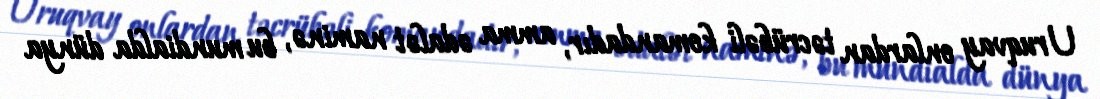
Uruqvay onlardan təcrübəli komandadır, amma ədalət naminə, bu mundialda dünya